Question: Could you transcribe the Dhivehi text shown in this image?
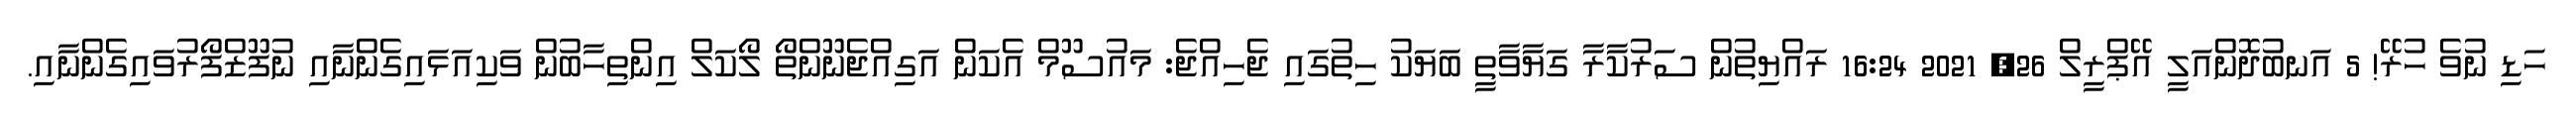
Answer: ހަޑި ނުވެ ހުރޭ! 5 އަނބުދޮންއަލީ އޭޕްރީލް 26, 2021 16:24 ރައްޔިތުން ސަރުކާރާ ގަޔާވާތީ ބަޔަކު ހިތުގައި ޖެހިއްޖެ: މައުސޫމް އެކަން އަގިއްޖެނޫންތޯ ލޯކަލް އިންތިހާބުން ވަކިއަޅައިގެންނާއި ނުފޫޒްފޯރުވައިގެންނާއި.